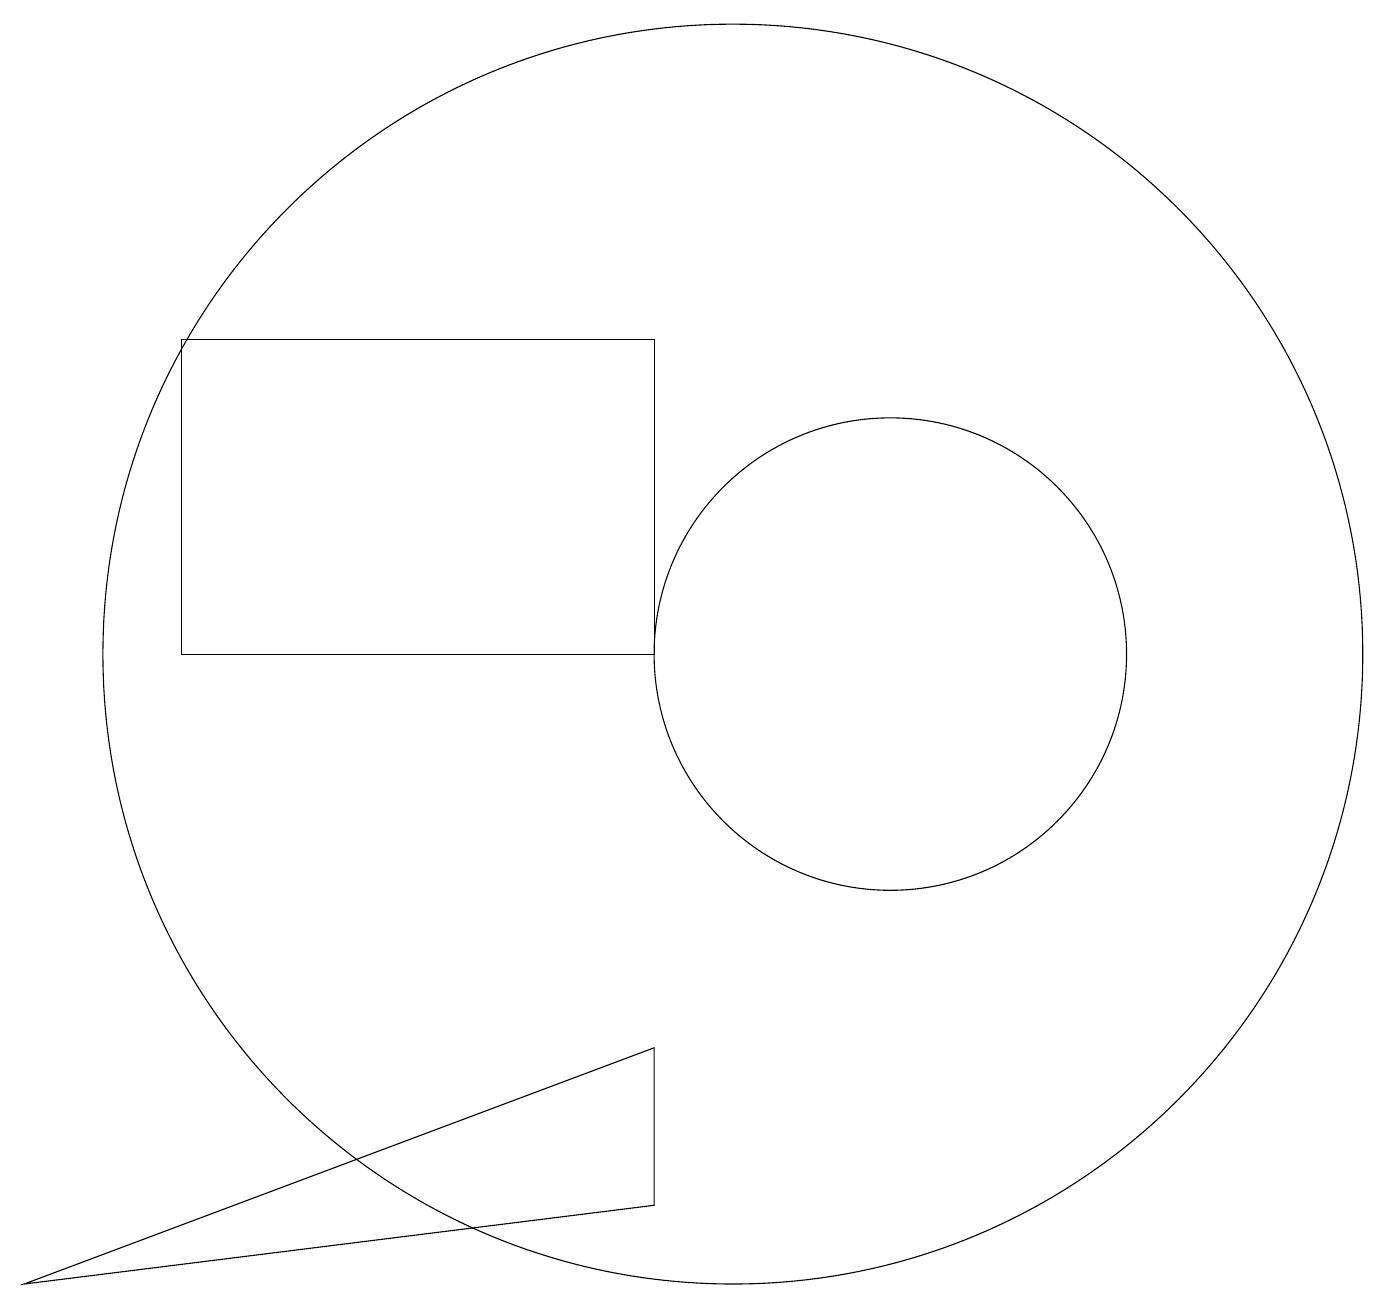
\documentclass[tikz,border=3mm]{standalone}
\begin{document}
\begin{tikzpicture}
\draw (3,14) rectangle (4,14);
\draw (9,5) -- (1,2) -- (9,3) -- cycle;
\draw (12,10) circle (3);
\draw (9,14) rectangle (3,10);
\draw (10,10) circle (8);
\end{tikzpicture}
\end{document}